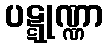
ပဋ္ဋုဏ္ဏာ